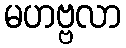
မဟဗ္ဗလာ